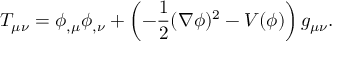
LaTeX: T _ { \mu \nu } = \phi _ { , \mu } \phi _ { , \nu } + \left( - \frac { 1 } { 2 } ( \nabla \phi ) ^ { 2 } - V ( \phi ) \right) g _ { \mu \nu } .